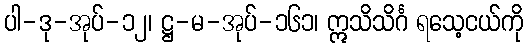
ပါ-ဒု-အုပ်-၁၂၊ ဋ္ဌ-မ-အုပ်-၁၆၁၊ ဣသိသိင်္ဂ ရသေ့ငယ်ကို